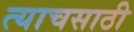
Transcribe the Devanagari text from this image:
त्याचसाठी